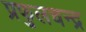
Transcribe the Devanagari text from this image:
प्रफुलचन्द्र